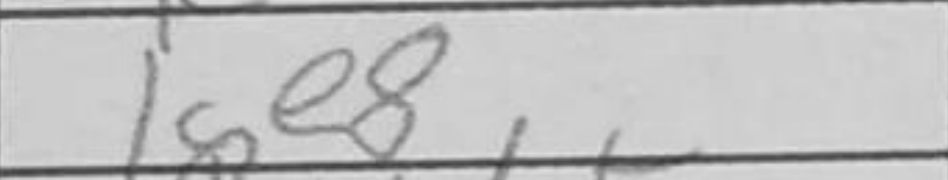
Transcription: Ke8